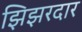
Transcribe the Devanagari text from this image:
झिझरदार